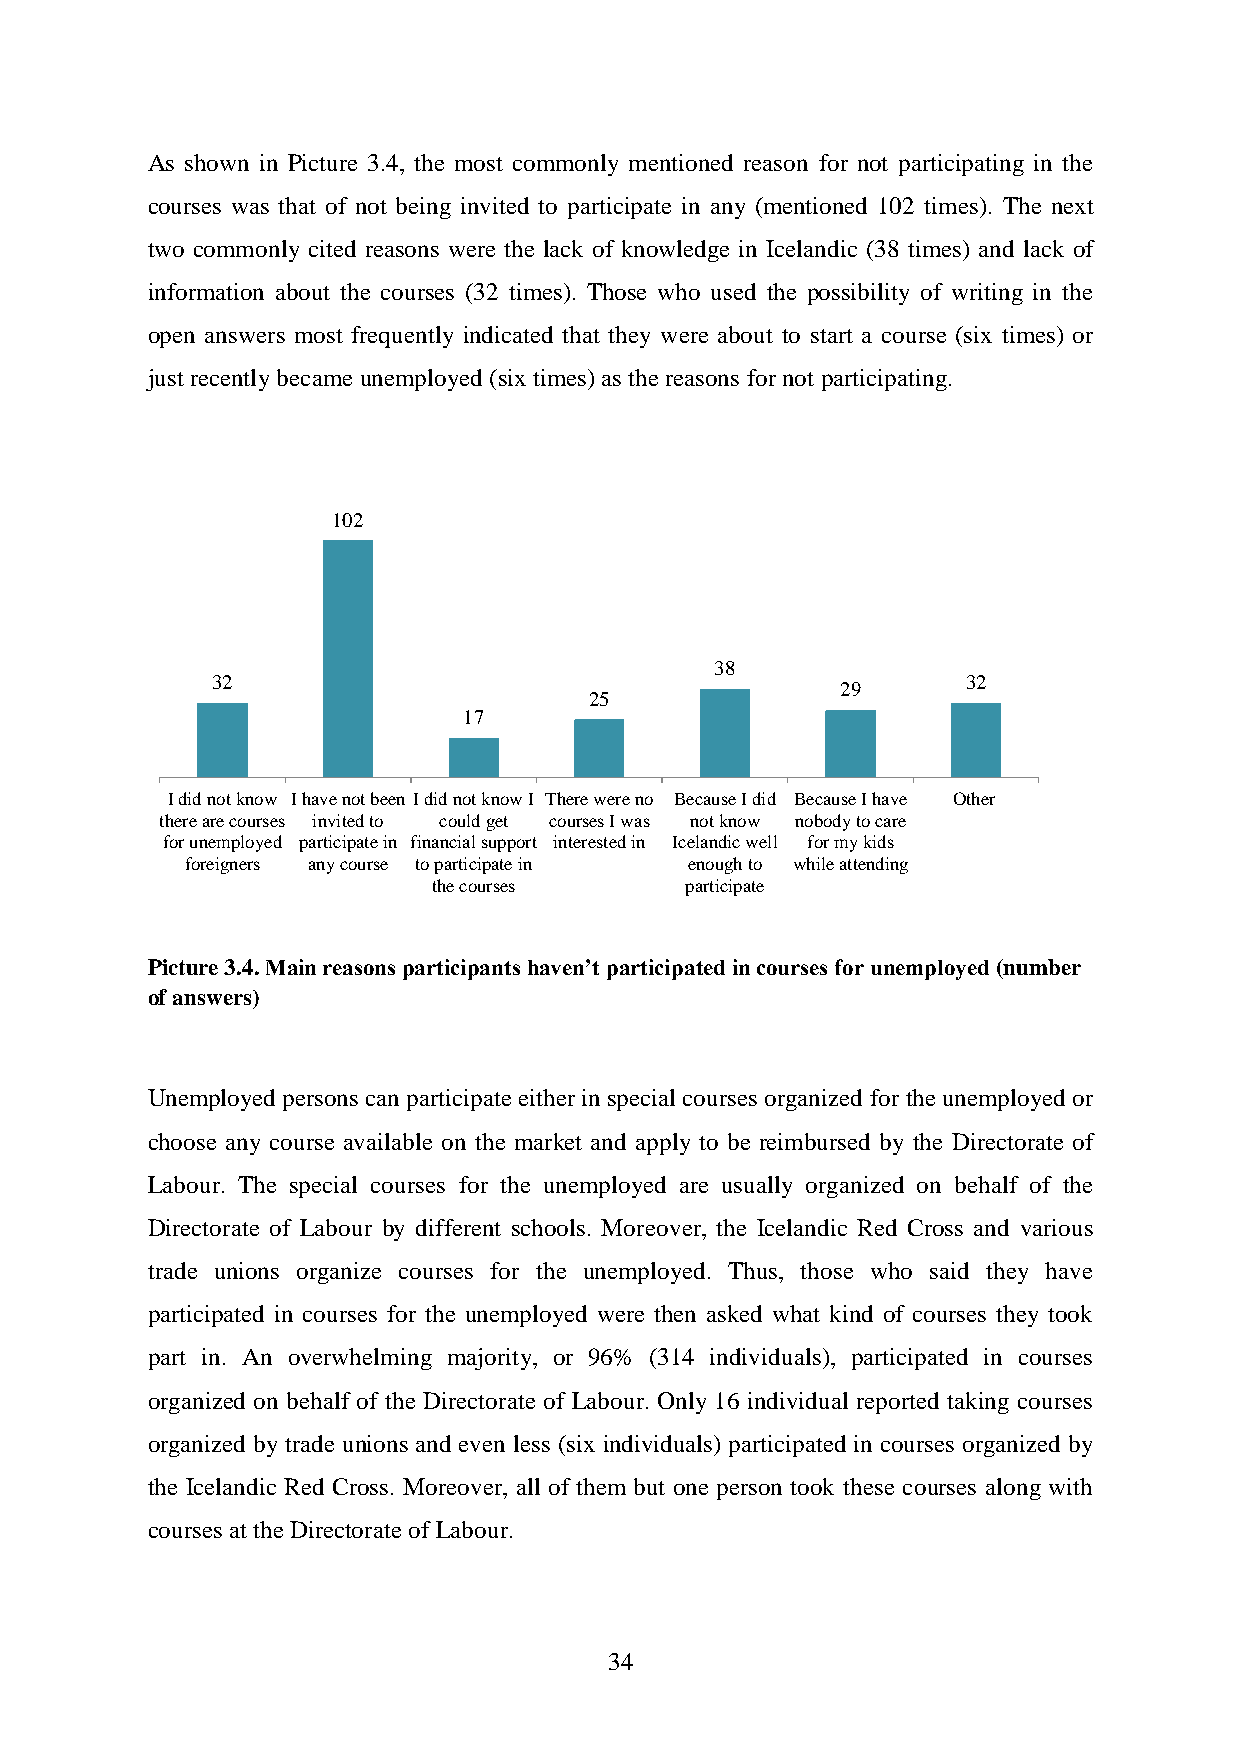
As shown in Picture 3.4, the most commonly mentioned reason for not participating in the
 courses was that of not being invited to participate in any (mentioned 102 times). The next
 two commonly cited reasons were the lack of knowledge in Icelandic (38 times) and lack of
 information about the courses (32 times). Those who used the possibility of writing in the
 open answers most frequently indicated that they were about to start a course (six times) or
 just recently became unemployed (six times) as the reasons for not participating.
 102
 38
 32                                                32
 29
 25
 17
 I did not know I have not been I did not know I There were no Because I did Because I have Other
 there are courses invited to could get courses I was not know nobody to care
 for unemployed participate in financial support interested in Icelandic well for my kids
 foreigners any course to participate in enough to while attending
 the courses     participate
 Picture 3.4. Main reasons participants haven’t participated in courses for unemployed (number
 of answers)
 Unemployed persons can participate either in special courses organized for the unemployed or
 choose any course available on the market and apply to be reimbursed by the Directorate of
 Labour. The special courses for the unemployed are usually organized on behalf of the
 Directorate of Labour by different schools. Moreover, the Icelandic Red Cross and various
 trade unions organize courses for the unemployed. Thus, those who said they have
 participated in courses for the unemployed were then asked what kind of courses they took
 part in. An overwhelming majority, or 96% (314 individuals), participated in courses
 organized on behalf of the Directorate of Labour. Only 16 individual reported taking courses
 organized by trade unions and even less (six individuals) participated in courses organized by
 the Icelandic Red Cross. Moreover, all of them but one person took these courses along with
 courses at the Directorate of Labour.
 34